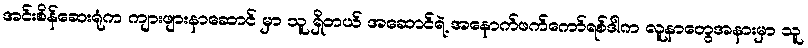
အင်းစိန်ဆေးရုံက ကျားဖျားနာဆောင် မှာ သူ ရှိတယ် အဆောင်ရဲ့ အနောက်ဖက်ကော်ရစ်ဒါက လူနာတွေအနားမှာ သူ